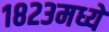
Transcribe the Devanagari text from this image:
१८२३मध्ये